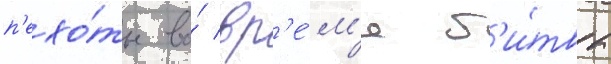
п'ехо́ты во́ вр'е́м'я б'и́твы